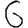
Digit: 6